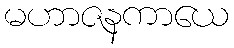
မဟာဇနကာယေ